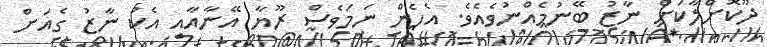
ދޫކޮށްލާކަށް ނާޒު ބޭނުމެއްނުވެއެވެ. އެހެން ނަމަވެސް ރޫޔާ އޭނާއާއި އެކު ނާޒު ގެއަށް